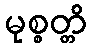
မုစ္စတ္တိ